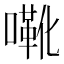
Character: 㗾